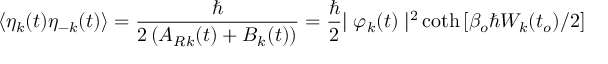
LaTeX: \langle \eta _ { k } ( t ) \eta _ { - k } ( t ) \rangle = \frac { \hbar } { 2 \left( A _ { R k } ( t ) + B _ { k } ( t ) \right) } = \frac { \hbar } { 2 } { \mid \varphi _ { k } ( t ) \mid ^ { 2 } } \coth \left[ \beta _ { o } \hbar W _ { k } ( t _ { o } ) / 2 \right]